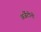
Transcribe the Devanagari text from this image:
अर्जेंटीनो